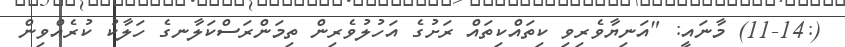
(:11-14) މާނައީ: "އަނިޔާވެރިވި ކިތައްކިތައް ރަށުގެ އަހުލުވެރިން ތިމަންރަސްކަލާނގެ ހަލާކު ކުރެއްވިން